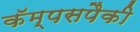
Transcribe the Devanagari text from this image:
कॅम्पसपैकी